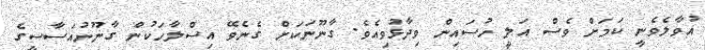
އުވާލެވެނީ ކަމަށް ވެސް އަލީ ހުސައިން ވިދާޅުވިއެވެ. ގާނޫނަކަށް ގެނެވޭ އިސްލާހަކުން ގާނޫނުއަސާސީގެ